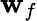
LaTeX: \mathbf{w}_{f}